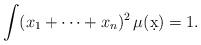
LaTeX: \begin{align*} \int (x_1+\cdots+x_n)^2 \, \mu(\d x) = 1. \end{align*}